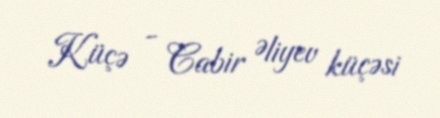
Küçə - Cabir Əliyev küçəsi